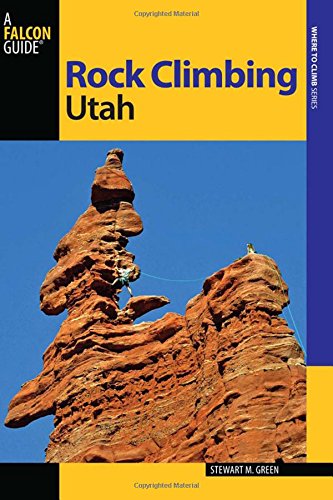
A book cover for Rock Climbing Utah (State Rock Climbing Series); Stewart M. Green; Sports & Outdoors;